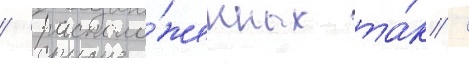
/ располо́женных та́к /